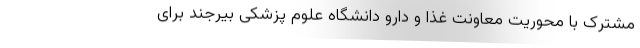
مشترک با محوریت معاونت غذا و دارو دانشگاه علوم پزشکی بیرجند برای